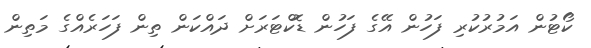
ކޯޓުން އަމުރުކުރި ފަހުން އޭގެ ފަހުން ޑޮކްޓަރަށް ދައްކަން ތިން ފަހަރެއްގެ މަތިން